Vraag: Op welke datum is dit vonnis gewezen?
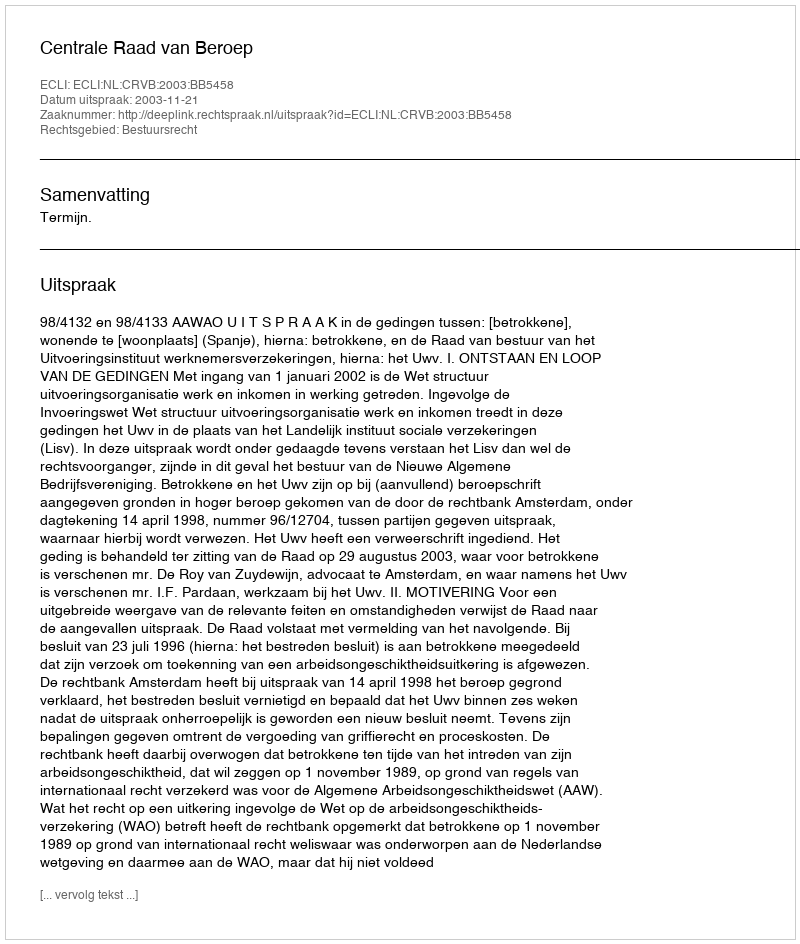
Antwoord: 2003-11-21